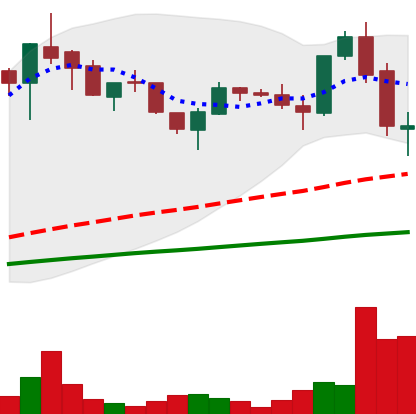
Ticker: LTC-USD
Chart end date: 2017-05-27
Forward return: 21.353%
Label: up_7plus